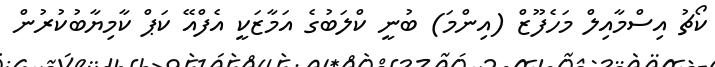
ކޯޗު އިސްމާއިލް މަހެފޫޒް (އިންމަ) ބުނީ ކްލަބުގެ އަމާޒަކީ އެފްއޭ ކަޕް ކާމިޔާބުކުރުން